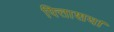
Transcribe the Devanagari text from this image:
पित्ताशय।